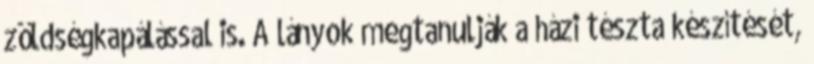
zöldségkapálással is. A lányok megtanulják a házi tészta készítését,